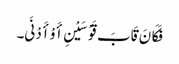
فَکَانَ قَابَ قَوْسَیْنِ أَوْ أَدْنَی۔